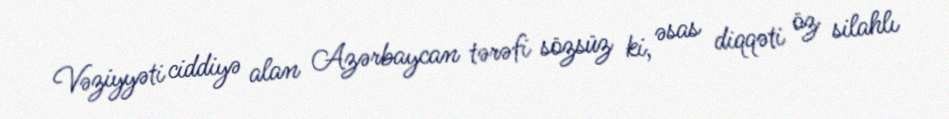
Vəziyyəti ciddiyə alan Azərbaycan tərəfi sözsüz ki, əsas diqqəti öz silahlı